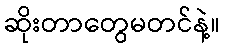
ဆိုးတာတွေမတင်နဲ့။